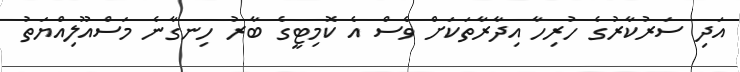
އަދި ސަރުކާރުގެ ހުރިހާ އިދާރާތަކަށް ވެސް އެ ކޮމިޓީގެ ބާރު ހިނގާނެ މަސްއޫލިއްޔަތު